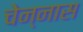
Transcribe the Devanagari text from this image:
चेन्नास